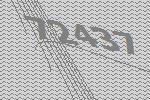
72437